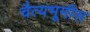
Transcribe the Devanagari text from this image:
चैत्यभूमीस